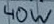
Text: 40W